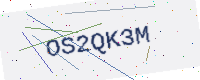
Text: OS2QK3M